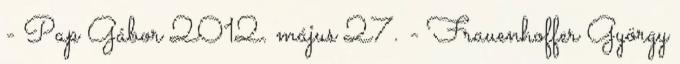
- Pap Gábor 2012. május 27. - Frauenhoffer György